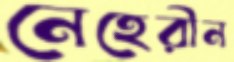
নেহেরীন